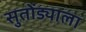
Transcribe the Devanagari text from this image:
सुतोंड्याला